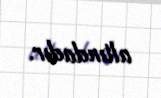
altındadır.